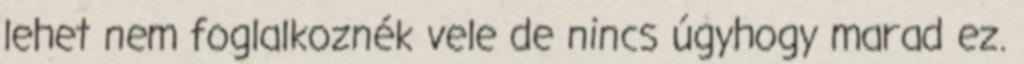
lehet nem foglalkoznék vele de nincs úgyhogy marad ez.